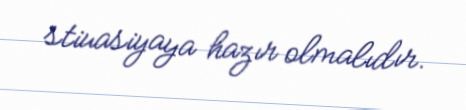
stiuasiyaya hazır olmalıdır.